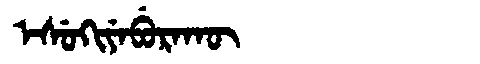
Manchu: ᡝᠰᡠᡴᡳᠶᡝᠪᡠᡵᠠᡴᡡ
Romanization: ESUKIYEBURAKŪ